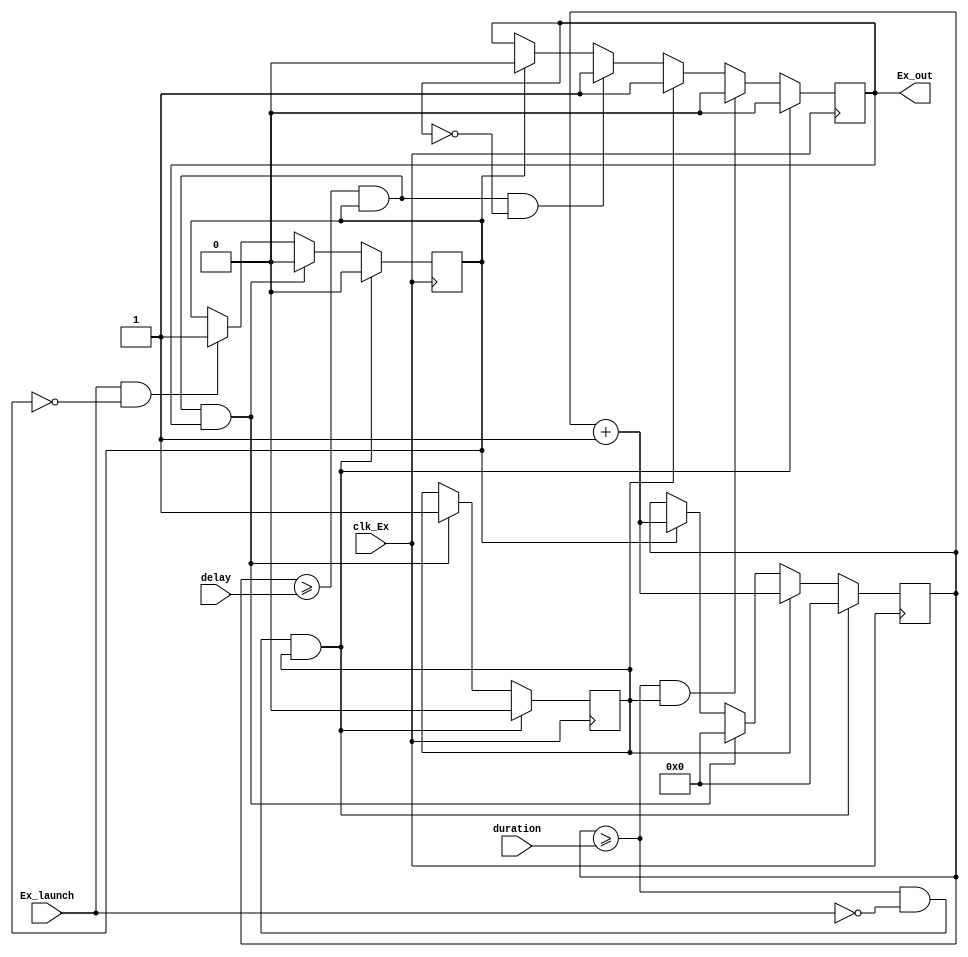
///////////////////////////////////////////////////////////
// Name File : Exposition.v 										//
// Autor : Dyomkin Pavel Mikhailovich 							//
// Company : GSC RF TRINITI										//
// Description : 		  												//
// Start design : 26.11.2021 										//
// Last revision : 26.11.2021 									//
///////////////////////////////////////////////////////////


module Exposition (input clk_Ex, Ex_launch,
					    input [32:0] delay, 
						 input [32:0] duration,
					    output reg Ex_out
						);
				
reg [32:0] cnt;
initial cnt <= 1'b0;
initial Ex_out <= 1'b0;
reg Ex_flg;
initial Ex_flg <= 1'b0;
reg del_flg;
initial del_flg <= 1'b0;


always @(posedge clk_Ex) begin

		if (Ex_launch == 1'b1 && Ex_flg == 1'b0) begin
			Ex_flg <= 1'b1;
		end
		
		if (Ex_flg == 1'b1) begin
			Ex_out <= 1'b0;
			cnt <= cnt + 1'b1;
		end
		
		if (cnt >= delay && Ex_flg == 1'b1 && Ex_out == 1'b0) begin
			Ex_out <= 1'b1;
		end
		
		if (cnt >= delay && Ex_flg == 1'b1 && Ex_out == 1'b1) begin
			cnt <= 1'b0;
			Ex_flg <= 1'b0;
			del_flg <= 1'b1;
		end
		
		if (del_flg == 1'b1) begin
			cnt <= cnt + 1'b1;
			Ex_out <= 1'b1;
		end
		
		if (cnt >= duration && del_flg == 1'b1) begin 
			Ex_out <= 1'b0;
		end
		
		if (cnt >= duration && Ex_launch == 1'b0 && del_flg == 1'b1) begin
			Ex_out <= 1'b0;
			cnt <= 1'b0;
			Ex_flg <= 1'b0;
			del_flg <= 1'b0;
		end
		
	
	
	
			
end

		
endmodule